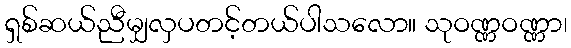
ရှစ်ဆယ်ညီမျှလှပတင့်တယ်ပါသလော။ သုဝဏ္ဏဝဏ္ဏာ၊